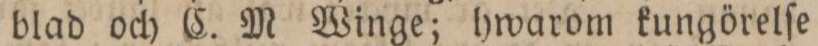
blad och C. M Winge; hwarom kungörelſe